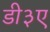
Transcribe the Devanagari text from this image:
डी३ए